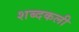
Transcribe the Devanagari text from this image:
शब्दकली